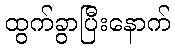
ထွက်ခွာပြီးနောက်